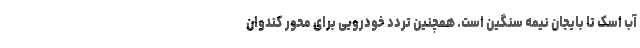
آب اسک تا بایجان نیمه سنگین است. همچنین تردد خودرویی برای محور کندوان